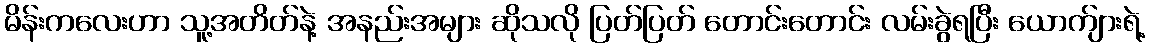
မိန်းကလေးဟာ သူ့အတိတ်နဲ့ အနည်းအများ ဆိုသလို ပြတ်ပြတ် တောင်းတောင်း လမ်းခွဲရပြီး ယောက်ျားရဲ့